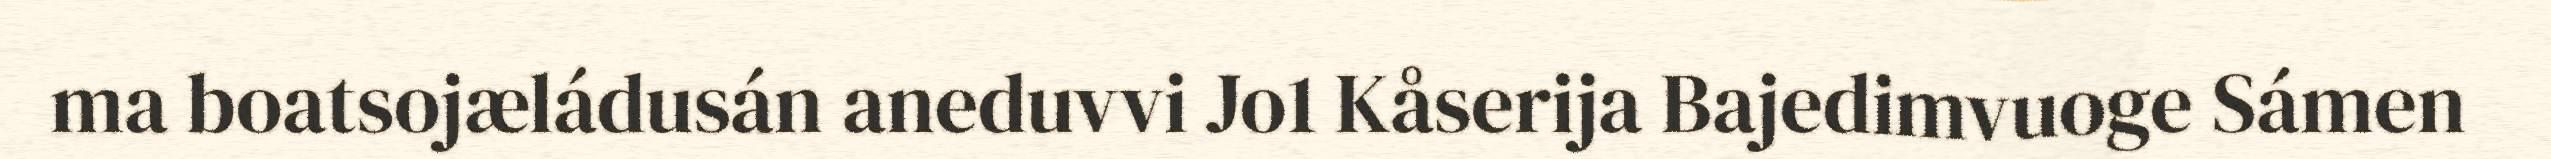
ma boatsojæládusán aneduvvi Jo1 Kåserija Bajedimvuoge Sámen